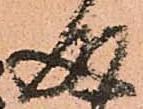
成